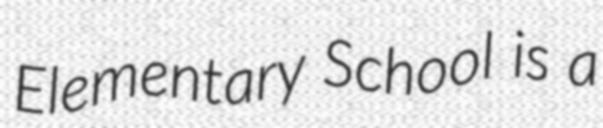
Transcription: Elementary School is a